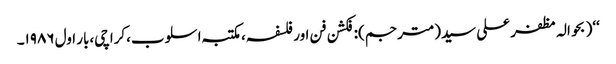
‘‘( بحوالہ مظفر علی سید(مترجم):فکشن فن اور فلسفہ،مکتبہ اسلوب،کراچی،بار اول ۱۹۸۶۔